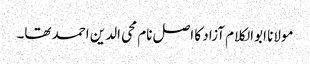
مولانا ابوالکلام آزاد کا اصل نام محی الدین احمد تھا۔